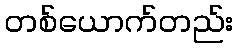
တစ်ယောက်တည်း